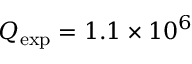
Q _ { \mathrm { e x p } } = 1 . 1 \times 1 0 ^ { 6 }